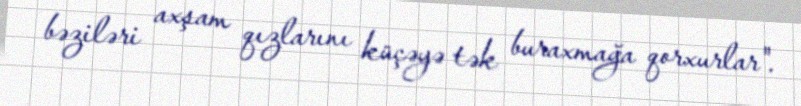
bəziləri axşam qızlarını küçəyə tək buraxmağa qorxurlar".